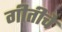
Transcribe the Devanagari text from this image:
गीतीचे